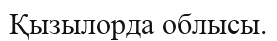
Қызылорда облысы.